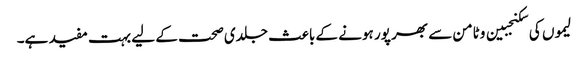
لیموں کی سکنجبین وٹامن سے بھر پور ہونے کے باعث جلدی صحت کے لیے بہت مفید ہے۔